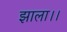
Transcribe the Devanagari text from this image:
झाला।।